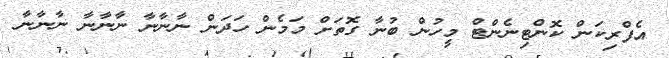
އެފްރިކަން ކޮންޓިނެންޓް މީހުން ބުނާ ގޮތަށް މަމެން ހަދަން ނާނާނާ ނާނާނާ ނާނާނާ